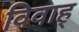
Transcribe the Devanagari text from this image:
विवाह्